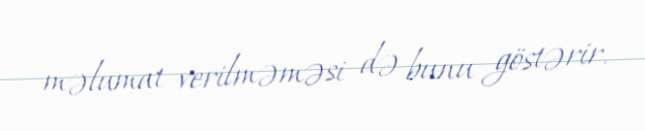
məlumat verilməməsi də bunu göstərir.